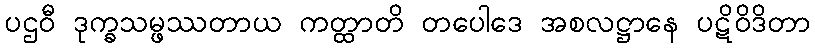
ပဌဝီ ဒုက္ခသမ္ဖဿတာယ ကတ္ထာတိ တပေါဒေ အစလဋ္ဌာနေ ပဋိဝိဒိတာ